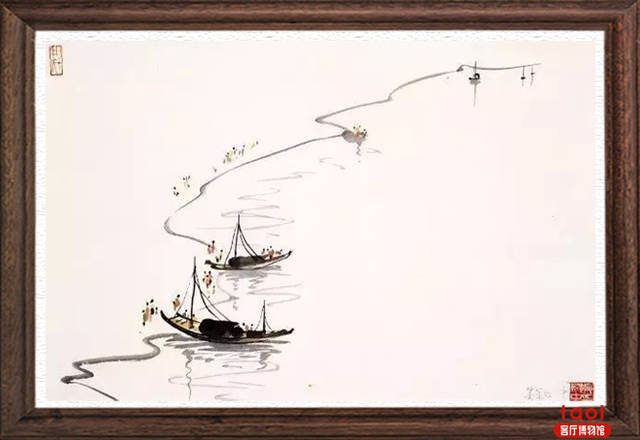
孤舟蓑笠翁，独钓寒江雪。